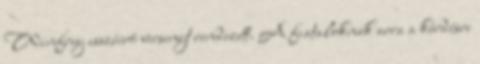
Winfrey esszéíró versenyt rendezett. A fiataloknak arra a kérdésre